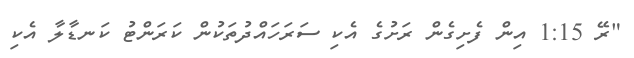
"ރޭ 1:15 އިން ފެށިގެން ރަށުގެ އެކި ސަރަހައްދުތަކުން ކަރަންޓު ކަނޑާލާ އެކި